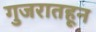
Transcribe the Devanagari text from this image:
गुजरातहून